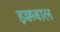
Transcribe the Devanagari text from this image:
इक्कबाल